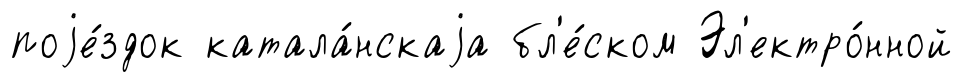
поjе́здок катала́нскаjа бл'е́ском Эл'ектро́нной